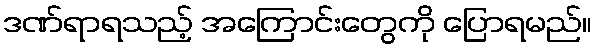
ဒဏ်ရာရသည့် အကြောင်းတွေကို ပြောရမည်။